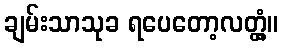
ချမ်းသာသုခ ရပေတော့လတ္တံ့။